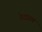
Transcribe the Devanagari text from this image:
वेदप्राण